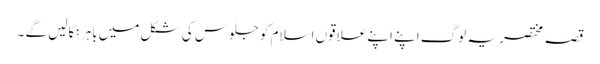
قصہ مختصر یہ لوگ اپنے اپنے علاقوں اسلام کو جلوس کی شکل میں باہر نکالیں گے ۔